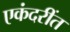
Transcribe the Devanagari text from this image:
एकंदरींत